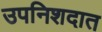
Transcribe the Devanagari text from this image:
उपनिशदात